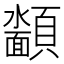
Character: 𮨡